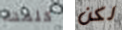
كلمتك لكن